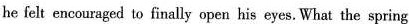
he fel enccuraged so finally open his eyee, What the spring